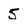
Character: 5